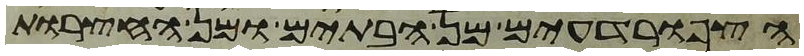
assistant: הצפרדעים מן הבתים ומן החצרות